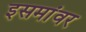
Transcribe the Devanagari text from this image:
इसमांवर